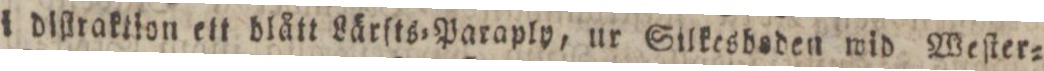
i diſtraktion ett dlått Lärſts=Paraply, ur Silkesbeden wid Weſter=